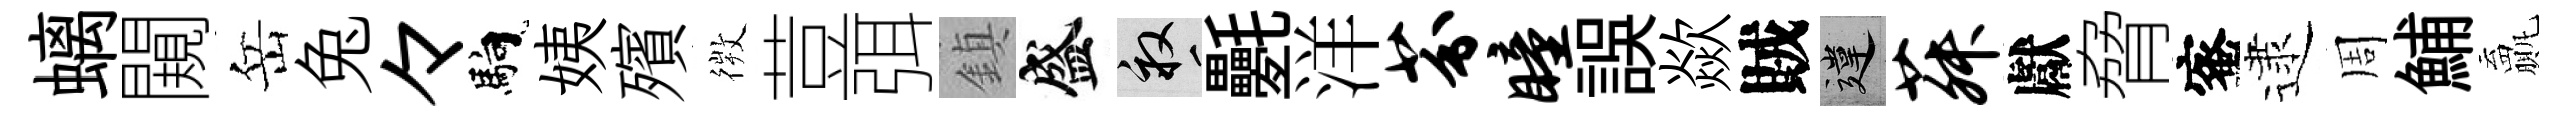
螭闚岳兔々馿姨殯𢕄荳弭鎮盛畝氎洋芬瞳誤歘賊違菽獻脅蜜逮周鯆贏